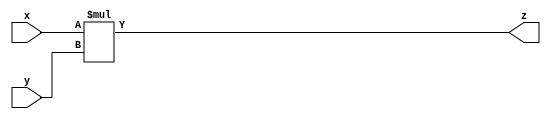
//MUL

module MUL(
	input [31:0] x, y,
	output reg [31:0] z
	);

always @ (*)begin
	z= x*y;
end

endmodule